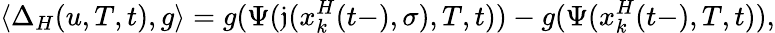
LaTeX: \langle\Delta_{H}(u,T,t),g\rangle=g(\Psi(\mathfrak{j}(x_{k}^{H}(t-),\sigma),T,t))-g(\Psi(x_{k}^{H}(t-),T,t)),